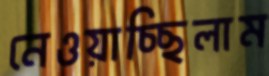
নেওয়াচ্ছিলাম